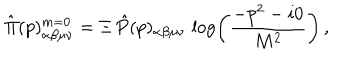
\hat { \Pi } ( p ) _ { \alpha \beta \mu \nu } ^ { m = 0 } = \Xi \, \hat { P } ( p ) _ { \alpha \beta \mu \nu } \, \log \left( \frac { - p ^ { 2 } - i 0 } { M ^ { 2 } } \right) \, ,